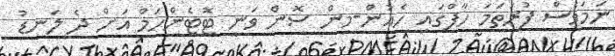
ނަމަވެސް ފުރަތަމަ ހާފްގައި ހެއުން-މިން ސޮން ވަނީ ޓޮޓެންހަމް އަށް ދެ ލަނޑު